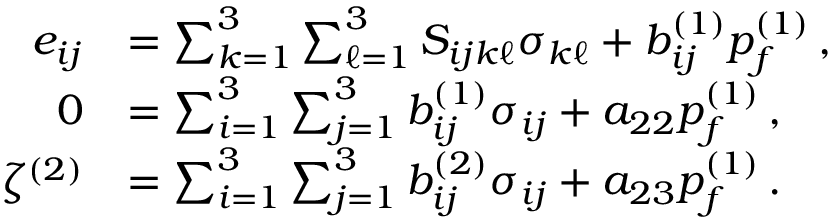
\begin{array} { r l } { e _ { i j } } & { = \sum _ { k = 1 } ^ { 3 } \sum _ { \ell = 1 } ^ { 3 } S _ { i j k \ell } \sigma _ { k \ell } + b _ { i j } ^ { ( 1 ) } p _ { f } ^ { ( 1 ) } \, , } \\ { 0 } & { = \sum _ { i = 1 } ^ { 3 } \sum _ { j = 1 } ^ { 3 } b _ { i j } ^ { ( 1 ) } \sigma _ { i j } + a _ { 2 2 } p _ { f } ^ { ( 1 ) } \, , } \\ { \zeta ^ { ( 2 ) } } & { = \sum _ { i = 1 } ^ { 3 } \sum _ { j = 1 } ^ { 3 } b _ { i j } ^ { ( 2 ) } \sigma _ { i j } + a _ { 2 3 } p _ { f } ^ { ( 1 ) } \, . } \end{array}